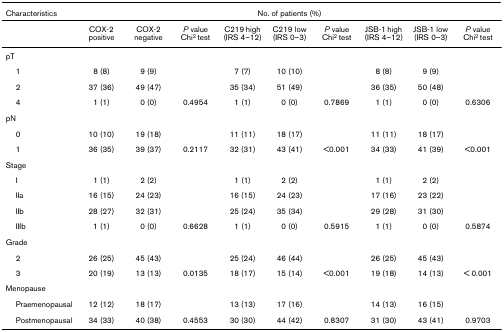
<table><thead><tr><td><b>Characteristics</b></td><td colspan="9"><b>No. of patients (%)</b></td></tr></thead><tbody><tr><td></td><td>COX-2 positive</td><td>COX-2 negative</td><td><i>P </i>value Chi<sup>2 </sup>test</td><td>C219 high (IRS 4–12)</td><td>C219 low (IRS 0–3)</td><td><i>P </i>value Chi<sup>2 </sup>test</td><td>JSB-1 high (IRS 4–12)</td><td>JSB-1 low (IRS 0–3)</td><td><i>P </i>value Chi<sup>2 </sup>test</td></tr><tr><td>pT</td><td></td><td></td><td></td><td></td><td></td><td></td><td></td><td></td><td></td></tr><tr><td> 1</td><td>8 (8)</td><td>9 (9)</td><td></td><td>7 (7)</td><td>10 (10)</td><td></td><td>8 (8)</td><td>9 (9)</td><td></td></tr><tr><td> 2</td><td>37 (36)</td><td>49 (47)</td><td></td><td>35 (34)</td><td>51 (49)</td><td></td><td>36 (35)</td><td>50 (48)</td><td></td></tr><tr><td> 4</td><td>1 (1)</td><td>0 (0)</td><td>0.4954</td><td>1 (1)</td><td>0 (0)</td><td>0.7869</td><td>1 (1)</td><td>0 (0)</td><td>0.6306</td></tr><tr><td>pN</td><td></td><td></td><td></td><td></td><td></td><td></td><td></td><td></td><td></td></tr><tr><td> 0</td><td>10 (10)</td><td>19 (18)</td><td></td><td>11 (11)</td><td>18 (17)</td><td></td><td>11 (11)</td><td>18 (17)</td><td></td></tr><tr><td> 1</td><td>36 (35)</td><td>39 (37)</td><td>0.2117</td><td>32 (31)</td><td>43 (41)</td><td>&lt;0.001</td><td>34 (33)</td><td>41 (39)</td><td>&lt;0.001</td></tr><tr><td>Stage</td><td></td><td></td><td></td><td></td><td></td><td></td><td></td><td></td><td></td></tr><tr><td> I</td><td>1 (1)</td><td>2 (2)</td><td></td><td>1 (1)</td><td>2 (2)</td><td></td><td>1 (1)</td><td>2 (2)</td><td></td></tr><tr><td> IIa</td><td>16 (15)</td><td>24 (23)</td><td></td><td>16 (15)</td><td>24 (23)</td><td></td><td>17 (16)</td><td>23 (22)</td><td></td></tr><tr><td> IIb</td><td>28 (27)</td><td>32 (31)</td><td></td><td>25 (24)</td><td>35 (34)</td><td></td><td>29 (28)</td><td>31 (30)</td><td></td></tr><tr><td> IIIb</td><td>1 (1)</td><td>0 (0)</td><td>0.6628</td><td>1 (1)</td><td>0 (0)</td><td>0.5915</td><td>1 (1)</td><td>0 (0)</td><td>0.5874</td></tr><tr><td>Grade</td><td></td><td></td><td></td><td></td><td></td><td></td><td></td><td></td><td></td></tr><tr><td> 2</td><td>26 (25)</td><td>45 (43)</td><td></td><td>25 (24)</td><td>46 (44)</td><td></td><td>26 (25)</td><td>45 (43)</td><td></td></tr><tr><td> 3</td><td>20 (19)</td><td>13 (13)</td><td>0.0135</td><td>18 (17)</td><td>15 (14)</td><td>&lt;0.001</td><td>19 (18)</td><td>14 (13)</td><td>&lt; 0.001</td></tr><tr><td>Menopause</td><td></td><td></td><td></td><td></td><td></td><td></td><td></td><td></td><td></td></tr><tr><td> Praemenopausal</td><td>12 (12)</td><td>18 (17)</td><td></td><td>13 (13)</td><td>17 (16)</td><td></td><td>14 (13)</td><td>16 (15)</td><td></td></tr><tr><td> Postmenopausal</td><td>34 (33)</td><td>40 (38)</td><td>0.4553</td><td>30 (30)</td><td>44 (42)</td><td>0.8307</td><td>31 (30)</td><td>43 (41)</td><td>0.9703</td></tr></tbody></table>